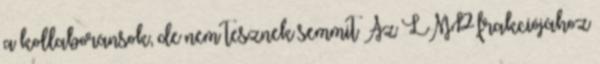
a kollaboránsok, de nem tesznek semmit Az LMP frakciójához